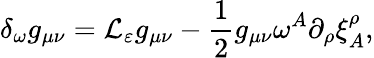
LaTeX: \delta_{\omega}g_{\mu\nu}={\cal L}_{\varepsilon}g_{\mu\nu}-\frac 12g_{\mu\nu}\omega^{A}\partial_{\rho}\xi_{A}^{\rho},